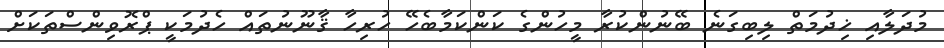
މުދަލާއި ޚިދުމަތް ލިބިގަނެ ބޭނުންކުރާ މީހުންގެ ކަންކަމާބެހޭ ހުރިހާ ޤާނޫނުތައް ހެދުމަކީ ޕްރޮވިންސްތަކަށް